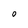
Character: O